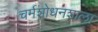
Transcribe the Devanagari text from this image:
चर्मशोधनशाला